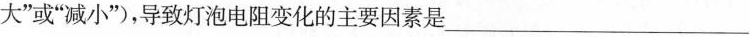
大”或“减小”)，导致灯泡电阻变化的主要因素是__